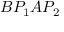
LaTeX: B P _ { 1 } A P _ { 2 }